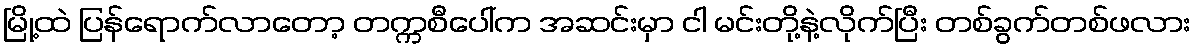
မြို့ထဲ ပြန်ရောက်လာတော့ တက္ကစီပေါ်က အဆင်းမှာ ငါ မင်းတို့နဲ့လိုက်ပြီး တစ်ခွက်တစ်ဖလား